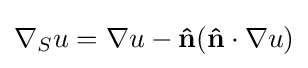
\nabla _{S}u=\nabla u-\mathbf {\hat {n}} (\mathbf {\hat {n}} \cdot \nabla u)